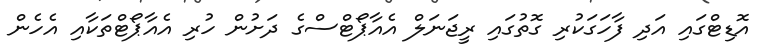
އޮޑިޓްގައި އަދި ފާހަގަކުރި ގޮތުގައި ރީޖަނަލް އެއާޕޯޓްސްގެ ދަށުން ހުރި އެއާޕޯޓްތަކާއި އެހެން